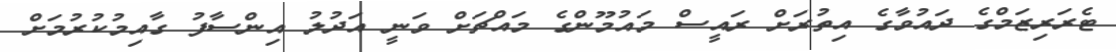
ޓެރަރިޒަމްގެ ދައުވާގެ އިތުރަށް ރައީސް މައުމޫންގެ މައްޗަށް ވަނީ އަދުލު އިންސާފު ގާއިމުކުރުމަށް